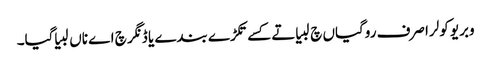
وبریو کولرا صرف روگیاں چ لبیا تے کسے تکڑے بندے یا ڈنگر چ اے ناں لبیا گیا۔